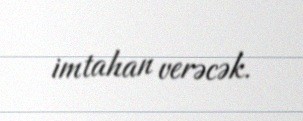
imtahan verəcək.